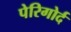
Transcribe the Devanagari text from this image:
पेरिगोर्द